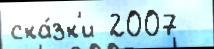
ска́зк'и 2007